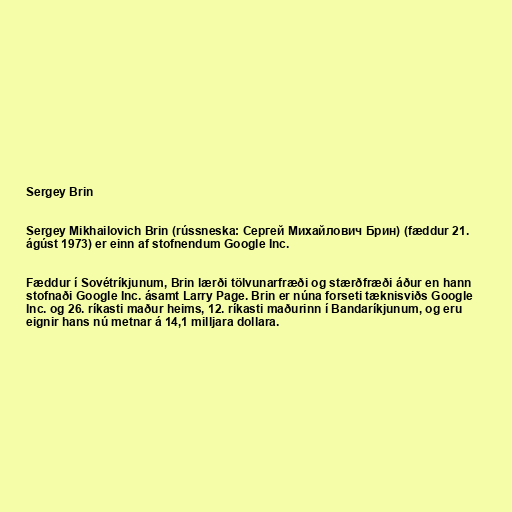
Sergey Brin

Sergey Mikhailovich Brin (rússneska: Сергей Михайлович Брин) (fæddur 21.
ágúst 1973) er einn af stofnendum Google Inc.

Fæddur í Sovétríkjunum, Brin lærði tölvunarfræði og stærðfræði áður en hann
stofnaði Google Inc. ásamt Larry Page. Brin er núna forseti tæknisviðs Google
Inc. og 26. ríkasti maður heims, 12. ríkasti maðurinn í Bandaríkjunum, og eru
eignir hans nú metnar á 14,1 milljara dollara.